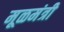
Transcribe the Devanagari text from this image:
मूळमंत्री